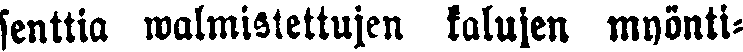
senttia walmistettujen kalujen myönti-